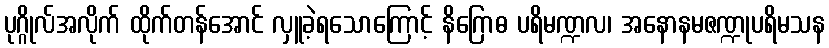
ပုဂ္ဂိုလ်အလိုက် ထိုက်တန်အောင် လှူခဲ့ရသောကြောင့် နိဂြောဓ ပရိမဏ္ဍလ၊ အနောနမဇဏ္ဍုပရိမသန